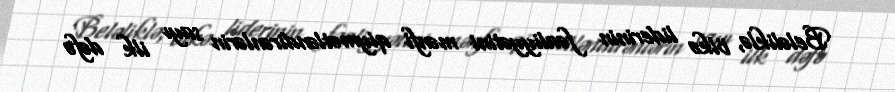
Beləliklə, ölkə liderinin fəaliyyətini mənfi qiymətləndirənlərin sayı ilk dəfə